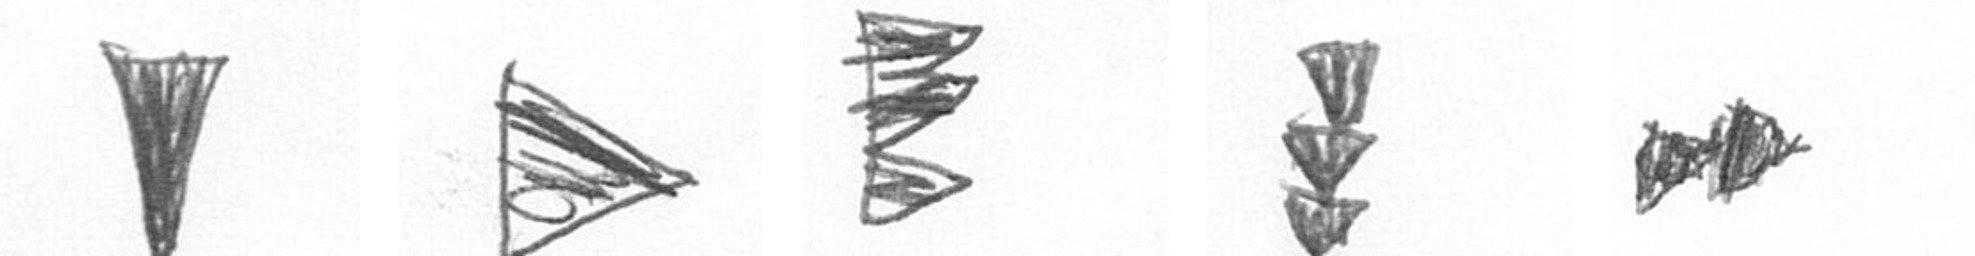
J T H E A